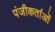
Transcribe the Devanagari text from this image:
पंजीकर्ताओं